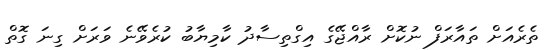
ތެރެއަށް ތައާރަފް ނުކޮށް ރާއްޖޭގެ އިގްތިސާދު ކާމިޔާބު ކުރެވޭނެ ވަރަށް ގިނަ ގޮތް